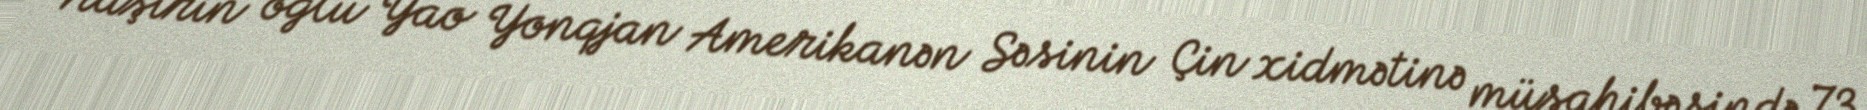
Naşirin oğlu Yao Yonqjan Amerikanən Səsinin Çin xidmətinə müsahibəsində 73